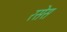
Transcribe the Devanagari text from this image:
रसेस